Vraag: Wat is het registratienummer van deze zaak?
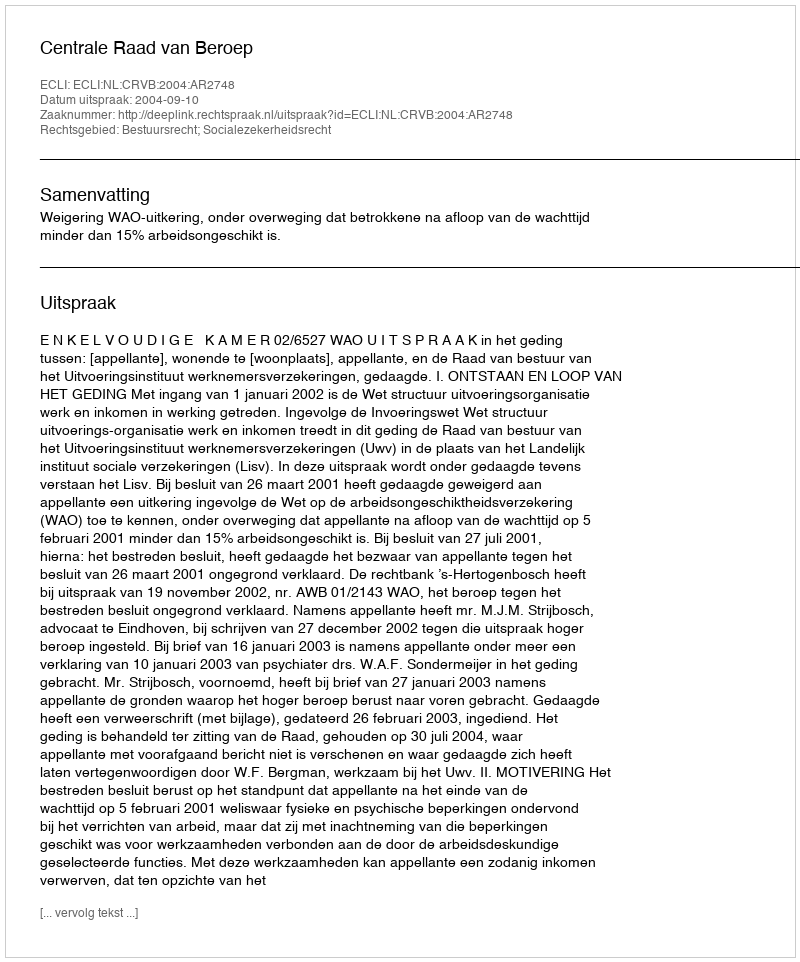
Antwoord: http://deeplink.rechtspraak.nl/uitspraak?id=ECLI:NL:CRVB:2004:AR2748